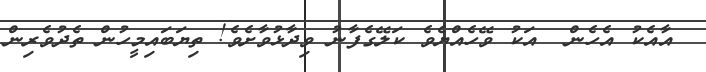
އާއެކު އެހެން  އަކު ވޭހެއްޔެވެ ކަލޭގެފާނު ވިދާޅުވާށެވެ! ތިޔަބައިމީހުން ތެދުވެރިން